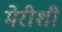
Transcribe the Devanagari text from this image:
मेरीशी